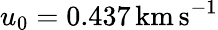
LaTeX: u_{0}=0.437\, \mathrm{km\, s}^{-1}